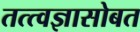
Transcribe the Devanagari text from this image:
तत्त्वज्ञासोबत